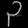
Digit: ၃